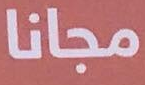
مجانا